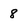
Character: 8